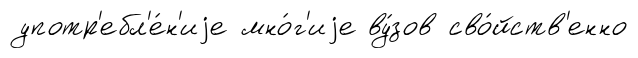
употр'ебл'е́н'иjе мно́г'иjе ву́зов сво́йств'енно